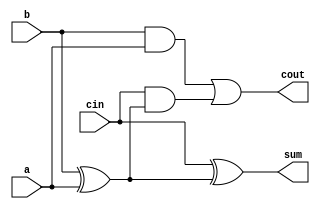
module onebitadder (a, b, cin, sum, cout);
	input a, b, cin;
	output sum, cout;
	wire w1, w2,w3;
	xor firsttop(w1, b, a);
	and firstmiddle(w2, cin, w1);
	and firstbottom( w3, b, a);
	xor secondtop( sum, cin, w1);
	or secondbottom(cout, w3, w2);
	
endmodule